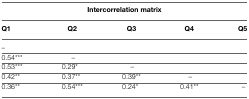
| <COLSPAN=5> Intercorrelation matrix |
 | Q1 | Q2 | Q3 | Q4 | Q5 |
 | --- | --- | --- | --- | --- |
 | – |  |  |  |  |
 | 0.54*** | – |  |  |  |
 | 0.53*** | 0.29* | – |  |  |
 | 0.42** | 0.37** | 0.39** | – |  |
 | 0.36** | 0.54*** | 0.24* | 0.41** | – |